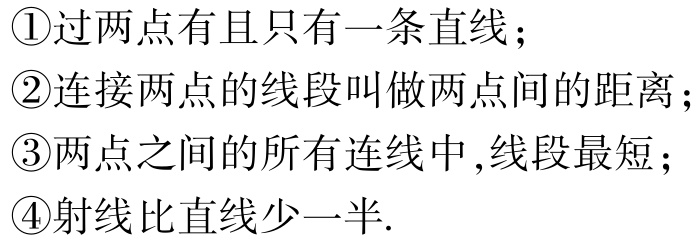
\textcircled{1}过两点有且只有一条直线；

\textcircled{2}连接两点的线段叫做两点间的距离；

\textcircled{3}两点之间的所有连线中,线段最短；

\textcircled{4}射线比直线少一半.